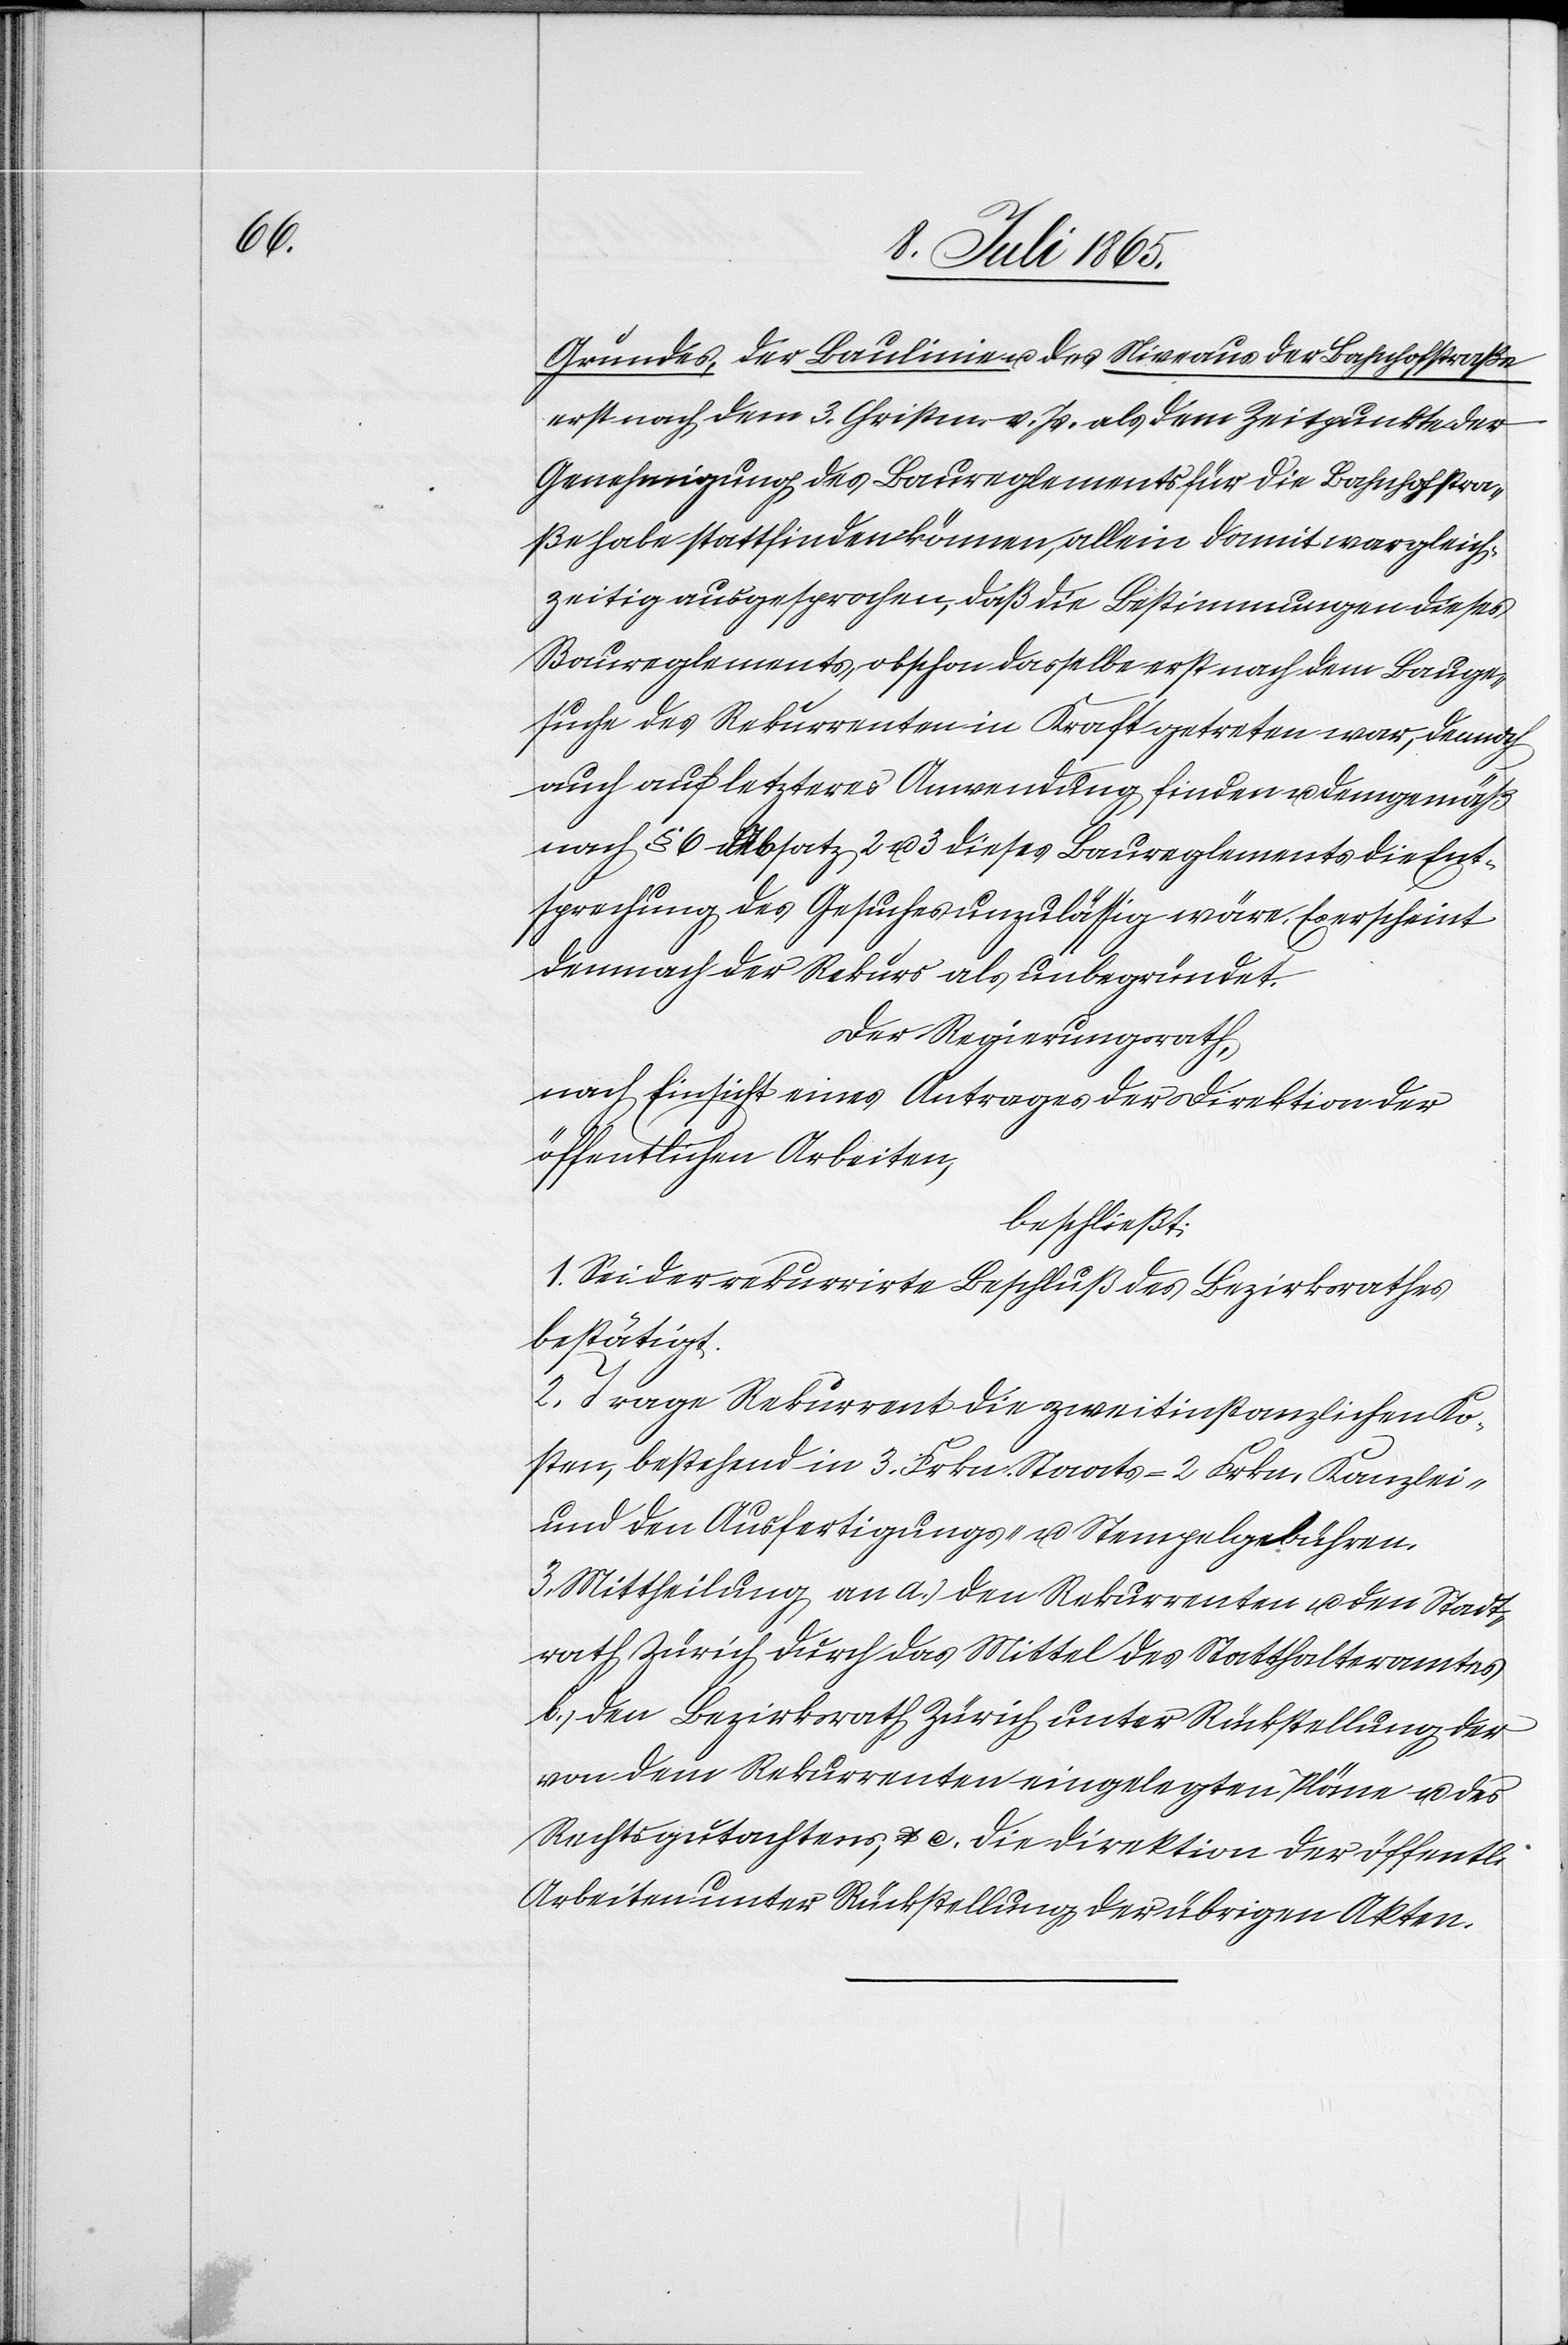
i[chen]

Grundes, der Baulinien u. des Niveaus der Bahnhofstraße
erst nach dem 3. Christm. v. Js. als dem Zeitpunkte der
Genehmigung des Baureglements für die Bahnhofstra¬
ße habe stattfinden können, allein damit war gleich¬
zeitig ausgesprochen, daß die Bestimmungen dieses
Baureglements, obschon dasselbe erst nach dem Bauge¬
suche des Rekurrenten in Kraft getreten war, dennoch
auch auf letzteres Anwendung finden u. demgemäß
nach § 6 Absatz 2 u. 3 dieses Baureglements die Ent¬
sprechung des Gesuches unzulässig wäre. Es erscheint
demnach der Rekurs als unbegründet.
Der Regierungsrath,
nach Einsicht eines Antrages der Direktion der
öffentlichen Arbeiten,
beschließt:
1. Sei der rekurrirte Beschluß des Bezirksrathes
bestätigt.
2. Trage Rekurrent die zweitinstanzlichen Ko¬
sten, bestehend in 3. Frkn. Staats-[,] 2 Frkn. Kanzlei-
und den Ausfertigungs- u. Stempelgebühren.
3. Mittheilung an a. den Rekurrenten u. den Stadt¬
rath Zürich durch das Mittel des Statthalteramtes
b. den Bezirksrat Zürich unter Rückstellung der
von dem Rekurrenten eingelegten Pläne u. des
Rechtsgutachtens, u. c. die Direktion der öffentl¬
Arbeiten unter Rückstellung der übrigen Akten.